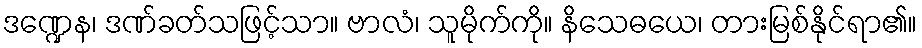
ဒဏ္ဍေန၊ ဒဏ်ခတ်သဖြင့်သာ။ ဗာလံ၊ သူမိုက်ကို။ နိသေဓယေ၊ တားမြစ်နိုင်ရာ၏။